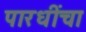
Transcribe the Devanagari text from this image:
पारधींचा